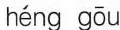
héng gōu